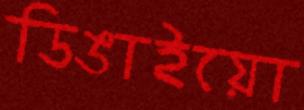
ডিঙাইয়ো